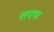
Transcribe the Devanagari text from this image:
लएफ